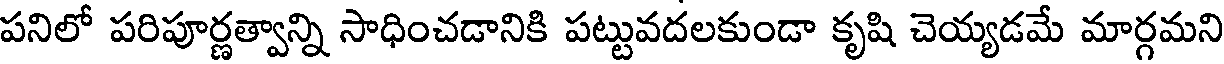
పనిలో పరిపూర్ణత్వాన్ని సాధించడానికి పట్టువదలకుండా కృషి చెయ్యడమే మార్గమని